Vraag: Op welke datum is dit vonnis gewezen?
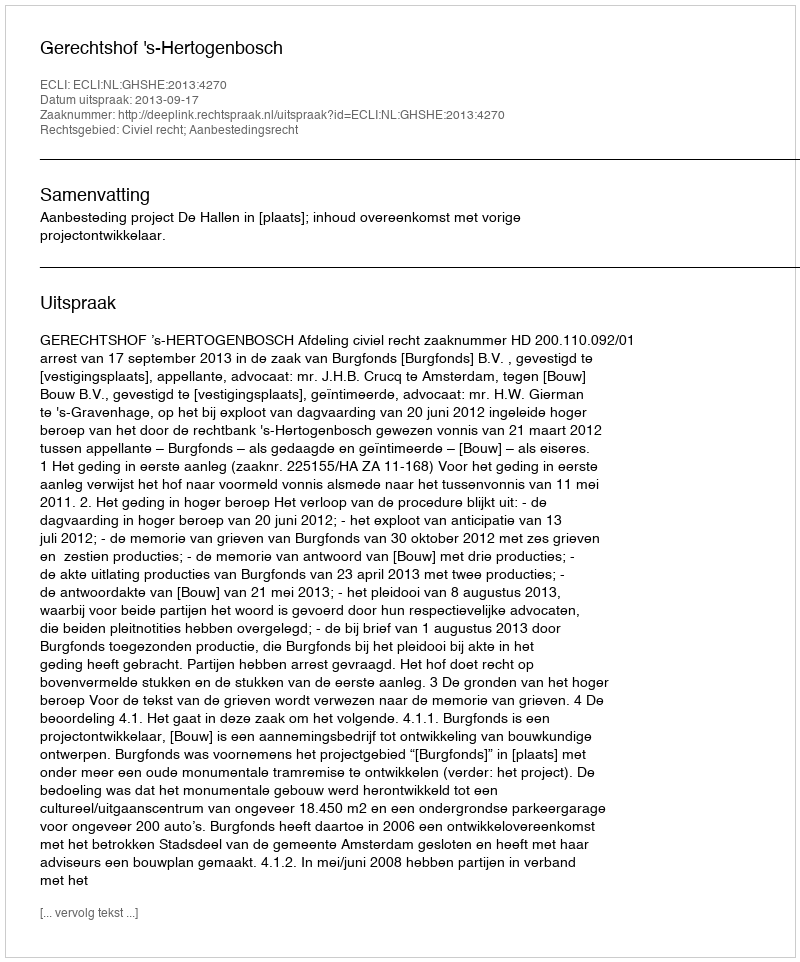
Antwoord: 2013-09-17